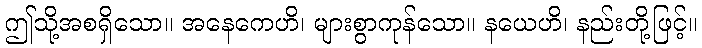
ဤသို့အစရှိသော။ အနေကေဟိ၊ များစွာကုန်သော။ နယေဟိ၊ နည်းတို့ဖြင့်။